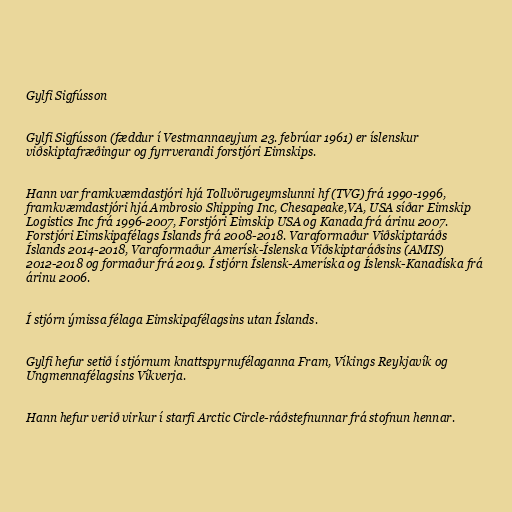
Gylfi Sigfússon

Gylfi Sigfússon (fæddur í Vestmannaeyjum 23. febrúar 1961) er íslenskur
viðskiptafræðingur og fyrrverandi forstjóri Eimskips.

Hann var framkvæmdastjóri hjá Tollvörugeymslunni hf (TVG) frá 1990-1996,
framkvæmdastjóri hjá Ambrosio Shipping Inc, Chesapeake,VA, USA síðar Eimskip
Logistics Inc frá 1996-2007, Forstjóri Eimskip USA og Kanada frá árinu 2007.
Forstjóri Eimskipafélags Íslands frá 2008-2018. Varaformaður Viðskiptaráðs
Íslands 2014-2018, Varaformaður Amerísk-Íslenska Viðskiptaráðsins (AMIS)
2012-2018 og formaður frá 2019. Í stjórn Íslensk-Ameríska og Íslensk-Kanadíska frá
árinu 2006.

Í stjórn ýmissa félaga Eimskipafélagsins utan Íslands.

Gylfi hefur setið í stjórnum knattspyrnufélaganna Fram, Víkings Reykjavík og
Ungmennafélagsins Víkverja.

Hann hefur verið virkur í starfi Arctic Circle-ráðstefnunnar frá stofnun hennar.